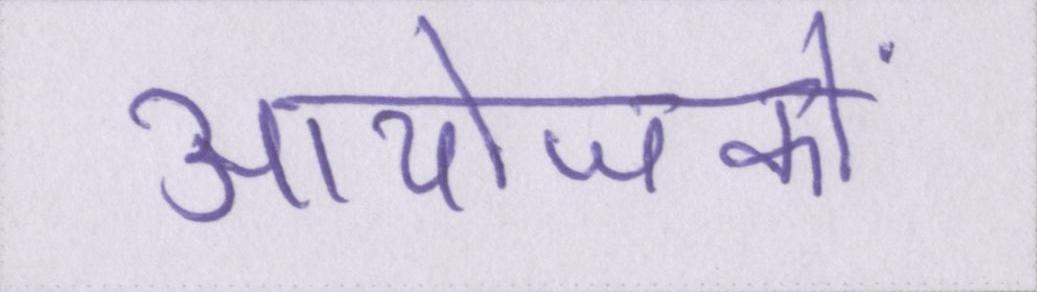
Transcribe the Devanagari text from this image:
आयोजकों